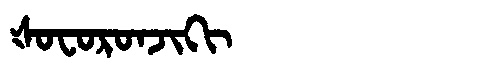
Manchu: ᡧᠣᠸᠣᡵᠣᠨᠵᡳᡴᡳ
Romanization: ŠOFORONJIKI